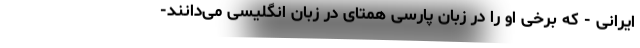
ایرانی - که برخی او را در زبان پارسی همتای در زبان انگلیسی می‌دانند-